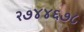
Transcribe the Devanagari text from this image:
२७४४६७८